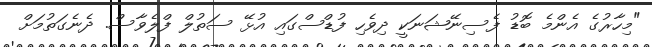
"މިހާރުގެ އެންމެ ބޮޑު ފެސިނޭޝަނަކީ ދިވެހި ފުޑްސްގައި އުޅޭ ސަތުލް ފްލެވާސް. ދެނެގަތުމަށް